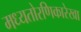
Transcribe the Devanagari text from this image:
मध्यतोरणिकारेखा